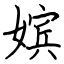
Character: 嫔